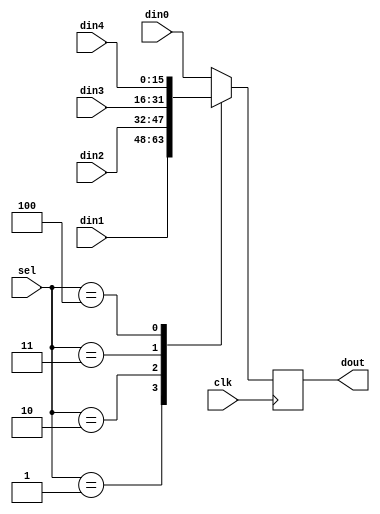
module data_mux
#(
parameter WIDTH = 16
)
(
	input[2:0] sel,
	input clk,
	input[WIDTH - 1 : 0] din0,
	input[WIDTH - 1 : 0] din1,
	input[WIDTH - 1 : 0] din2,
	input[WIDTH - 1 : 0] din3,
	input[WIDTH - 1 : 0] din4,
	output reg[WIDTH - 1 : 0] dout
);
always@(posedge clk)
begin
	case(sel)
		3'd0: dout <= din0;
		3'd1: dout <= din1;
		3'd2: dout <= din2;
		3'd3: dout <= din3;
		3'd4: dout <= din4;
		default:
			dout <= din0;
	endcase
end

endmodule